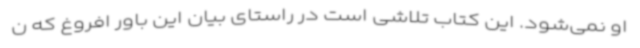
او نمی‌شود. این کتاب تلاشی است در راستای بیان این باور افروغ که ن